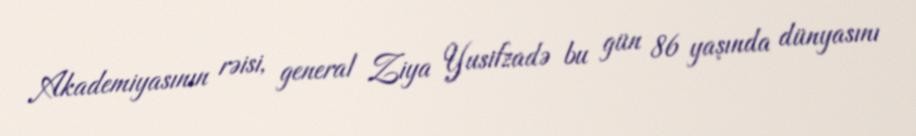
Akademiyasının rəisi, general Ziya Yusifzadə bu gün 86 yaşında dünyasını